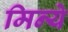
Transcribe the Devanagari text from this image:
मिन्ये